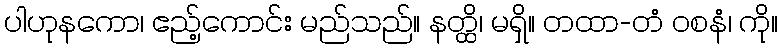
ပါဟုနကော၊ ဧည့်ကောင်း မည်သည်။ နတ္ထိ၊ မရှိ။ တထာ-တံ ဝစနံ၊ ကို။